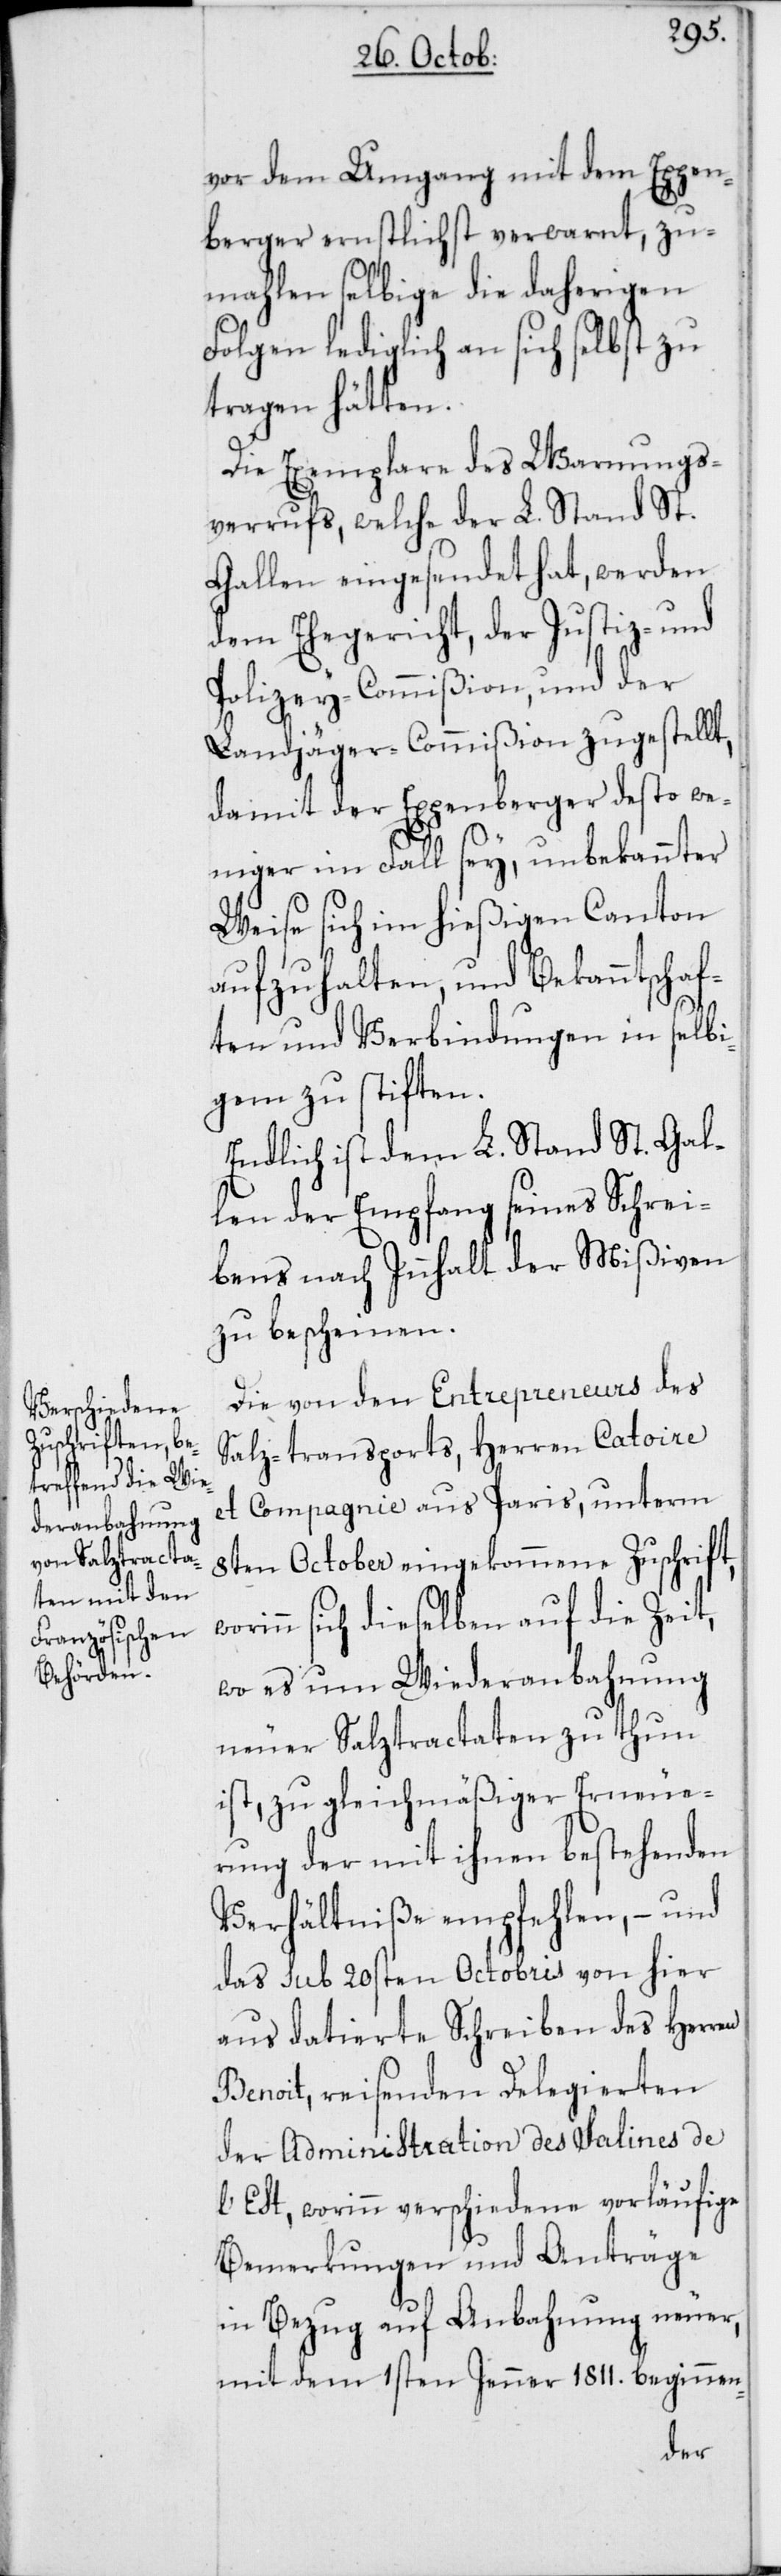
vor dem Umgang mit dem Eggen¬
berger ernstlich verwarnt, zu¬
mahlen selbige die daherigen
Folgen lediglich an sich selbst zu
tragen hätten.
Die Exemplare des Warnungs¬
verrufs, welche der L. Stand St.
Gallen eingesendet hat, werden
dem Ehegericht, der Justiz- und
Polizey-Commißion, und der
Landjäger-Commißion zugestellt,
damit der Eggenberger desto we¬
niger im Fall sey, unbekannter
Weise sich im hießigen Canton
aufzuhalten, und Bekanntschaf¬
ten und Verbindungen in selbi¬
gem zu stiften.
Endlich ist dem L. Stand St. Gal¬
len der Empfang seines Schrei¬
bens nach Innhalt der Mißiven
zu bescheinen.
Die von den Entrepreneurs des
Salz-transports, Herren Catoire
et Compagnie aus Paris, unterm
8ten October eingekommene Zuschrift,
inn sich dieselben auf die Zeit,
wo es um Wiederanbahnung
neuer Salztractaten zu thun
ist, zu gleichmäßiger Erneue¬
rung der mit ihnen bestehenden
Verhältniße empfehlen, – und
das sub 20sten Octobris von hier
aus datierte Schreiben des Herren
Benoit, reisenden Delegierten
der Administration des Salines de
l’Est, worinn verschiedene vorläufige
Bemerkungen und Anträge
in Bezug auf Anbahnung neuer,
mit dem 1sten Jenner 1811. beginnen-
wor¬